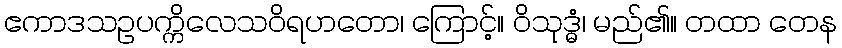
ဧကာဒသဥပက္ကိလေသဝိရဟတော၊ ကြောင့်။ ဝိသုဒ္ဓံ၊ မည်၏။ တထာ တေန